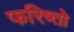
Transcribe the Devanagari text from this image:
फरिष्तो